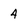
Character: 4